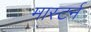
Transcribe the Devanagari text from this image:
मास्टर्न